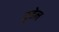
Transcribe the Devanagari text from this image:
ट्रूडेल